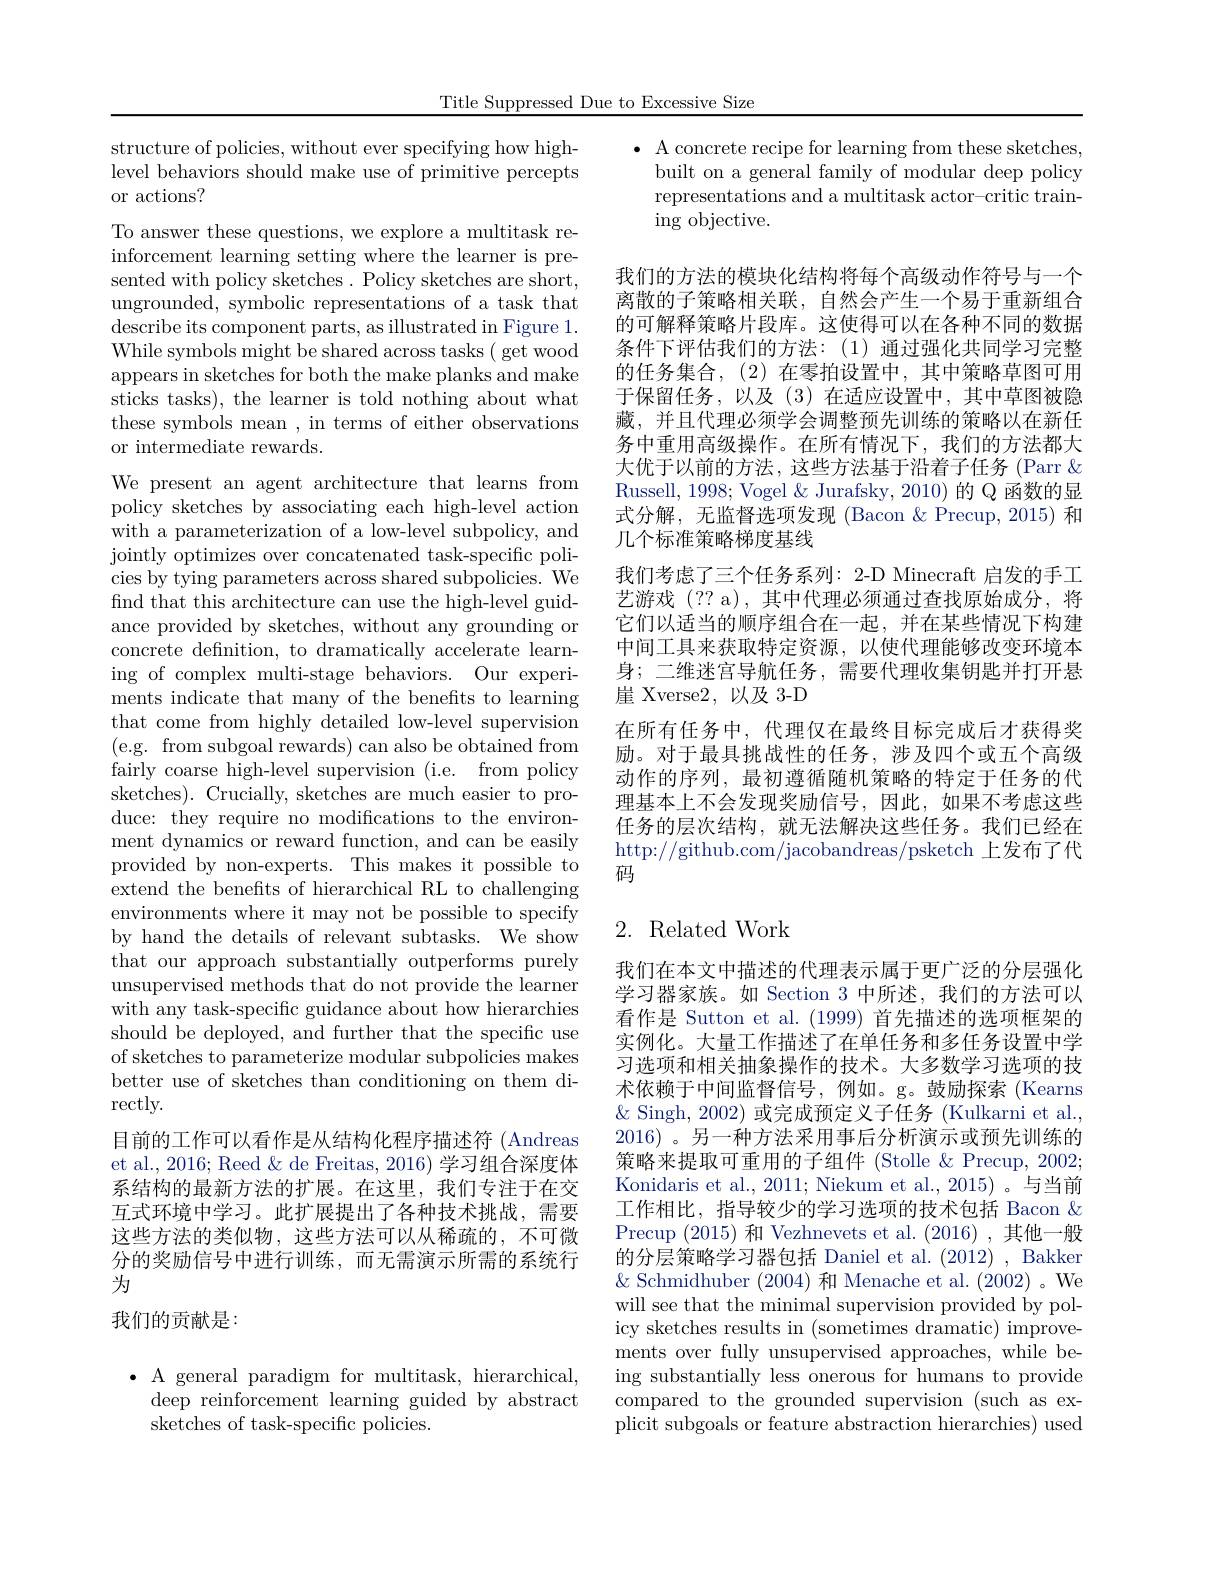
Title Suppressed Due to Excessive Size

structure of policies, without ever specifying how highlevel behaviors should make use of primitive percepts or actions?

To answer these questions, we explore a multitask reinforcement learning setting where the learner is presented with policy sketches. Policy sketches are short, ungrounded, symbolic representations of a task that describe its component parts, as illustrated in Figure 1. While symbols might be shared across tasks ( get wood appears in sketches for both the make planks and make sticks tasks), the learner is told nothing about what these symbols mean , in terms of either observations or intermediate rewards.

We present an agent architecture that learns from policy sketches by associating each high-level action with a parameterization of a low-level subpolicy, and jointly optimizes over concatenated task-specific policies by tying parameters across shared subpolicies. We find that this architecture can use the high-level guidance provided by sketches, without any grounding or concrete definition, to dramatically accelerate learning of complex multi-stage behaviors. Our experiments indicate that many of the benefits to learning that come from highly detailed low-level supervision (e.g. from subgoal rewards) can also be obtained from fairly coarse high-level supervision (i.e. from policy sketches). Crucially, sketches are much easier to produce: they require no modifications to the environment dynamics or reward function, and can be easily provided by non-experts. This makes it possible to extend the benefits of hierarchical RL to challenging environments where it may not be possible to specify by hand the details of relevant subtasks. We show that our approach substantially outperforms purely unsupervised methods that do not provide the learner with any task-specific guidance about how hierarchies should be deployed, and further that the specific use of sketches to parameterize modular subpolicies makes better use of sketches than conditioning on them di- $\operatorname{rectly}.$
目前的工作可以看作是从结构化程序描述符 (Andreas et al., 2016; Reed & de Freitas, 2016) 学习组合深度体系结构的最新方法的扩展。在这里，我们专注于在交互式环境中学习。此扩展提出了各种技术挑战，需要这些方法的类似物，这些方法可以从稀疏的，不可微分的奖励信号中进行训练，而无需演示所需的系统行为
我们的贡献是：

$\bullet$ A general paradigm for multitask, hierarchical,
deep reinforcement learning guided by abstract
sketches of task-specific policies.

$\bullet$ A concrete recipe for learning from these sketches,
built on a general family of modular deep policy representations and a multitask actor-critic train- $\operatorname{ing}$ objective.

我们的方法的模块化结构将每个高级动作符号与一个离散的子策略相关联，自然会产生一个易于重新组合的可解释策略片段库。这使得可以在各种不同的数据条件下评估我们的方法：(1)通过强化共同学习完整的任务集合，(2)在零拍设置中，其中策略草图可用于保留任务，以及(3)在适应设置中，其中草图被隐藏，并且代理必须学会调整预先训练的策略以在新任务中重用高级操作。在所有情况下，我们的方法都大大优于以前的方法，这些方法基于沿着子任务 (Parr& Russell, 1998; Vogel & Jurafsky, 2010) 的 Q 函数的显式分解，无监督选项发现(Bacon &Precup,2015) 和几个标准策略梯度基线
我们考虑了三个任务系列：2-D Minecraft 启发的手工艺游戏 (?? a),其中代理必须通过查找原始成分，将它们以适当的顺序组合在一起，并在某些情况下构建中间工具来获取特定资源，以使代理能够改变环境本身；二维迷宫导航任务，需要代理收集钥匙并打开悬崖 Xverse2,以及 3-D
在所有任务中，代理仅在最终目标完成后才获得奖励。对于最具挑战性的任务，涉及四个或五个高级动作的序列，最初遵循随机策略的特定于任务的代理基本上不会发现奖励信号，因此，如果不考虑这些任务的层次结构，就无法解决这些任务。我们已经在http://github.com/jacobandreas/psketch 上发布了代码

# 2. Related Work

我们在本文中描述的代理表示属于更广泛的分层强化学习器家族。如 Section 3 中所述，我们的方法可以看作是 Sutton et al. (1999)首先描述的选项框架的实例化。大量工作描述了在单任务和多任务设置中学习选项和相关抽象操作的技术。大多数学习选项的技术依赖于中间监督信号，例如。g。鼓励探索(Kearns $\&$ Singh, 2002) 或完成预定义子任务 (Kulkarni et al., 2016)。另一种方法采用事后分析演示或预先训练的策略来提取可重用的子组件 (Stolle &Precup, 2002; Konidaris et al., 2011; Niekum et al., 2015) 。与当前工作相比，指导较少的学习选项的技术包括 Bacon $\&$ Precup (2015)和 Vezhnevets et al.(2016),其他一般的分层策略学习器包括 Daniel et al. (2012) , Bakker $\&$ Schmidhuber (2004) 和 Menache et al. (2002) 。We will see that the minimal supervision provided by policy sketches results in (sometimes dramatic) improvements over fully unsupervised approaches, while being substantially less onerous for humans to provide compared to the grounded supervision (such as explicit subgoals or feature abstraction hierarchies) used